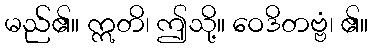
မည်၏။ ဣတိ၊ ဤသို့။ ဝေဒိတဗ္ဗံ၊ ၏။